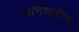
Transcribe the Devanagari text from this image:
सांगणारीच